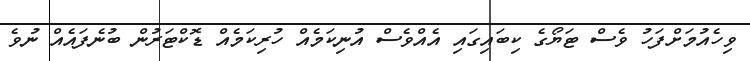
ވިހެއުމަށްފަހު ވެސް ޓަޔޯގެ ކިބައިގައި އެއްވެސް އުނިކަމެއް ހުރިކަމެއް ޑޮކްޓަރުން ބުނެފައެއް ނުވެ